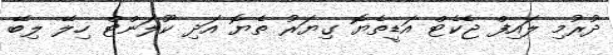
ދުރުމި ލައިފް ޖެކެޓް އަޑީތެޔޮ ގިޔަރު ތެޔޮ އަދި ކޫލަންޓް ހިލޭ ލިބޭ